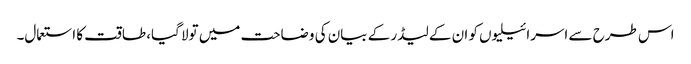
اس طرح سے اسرائیلیوں کو ان کے لیڈر کے بیان کی وضاحت میں تولا گیا، طاقت کا استعمال۔